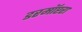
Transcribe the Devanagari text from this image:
डरमॉप्टरा